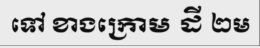
ទៅ ខាងក្រោម ដី ២ម